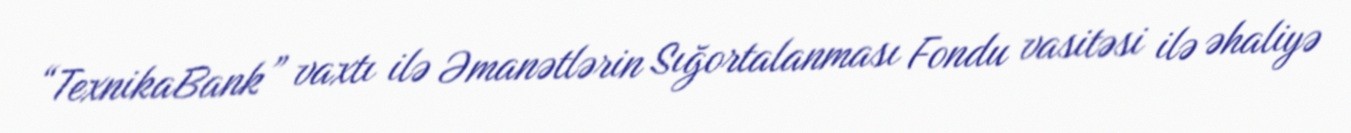
“TexnikaBank” vaxtı ilə Əmanətlərin Sığortalanması Fondu vasitəsi ilə əhaliyə